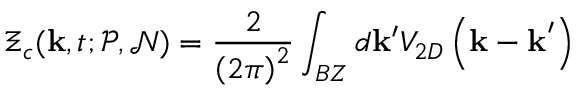
\Xi _ { c } ( \mathbf { k } , t ; \mathcal { P } , \mathcal { N } ) = \frac { 2 } { \left( 2 \pi \right) ^ { 2 } } \int _ { B Z } d \mathbf { k } ^ { \prime } V _ { 2 D } \left( \mathbf { k - k } ^ { \prime } \right)